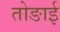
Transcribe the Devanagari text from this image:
तोङाई